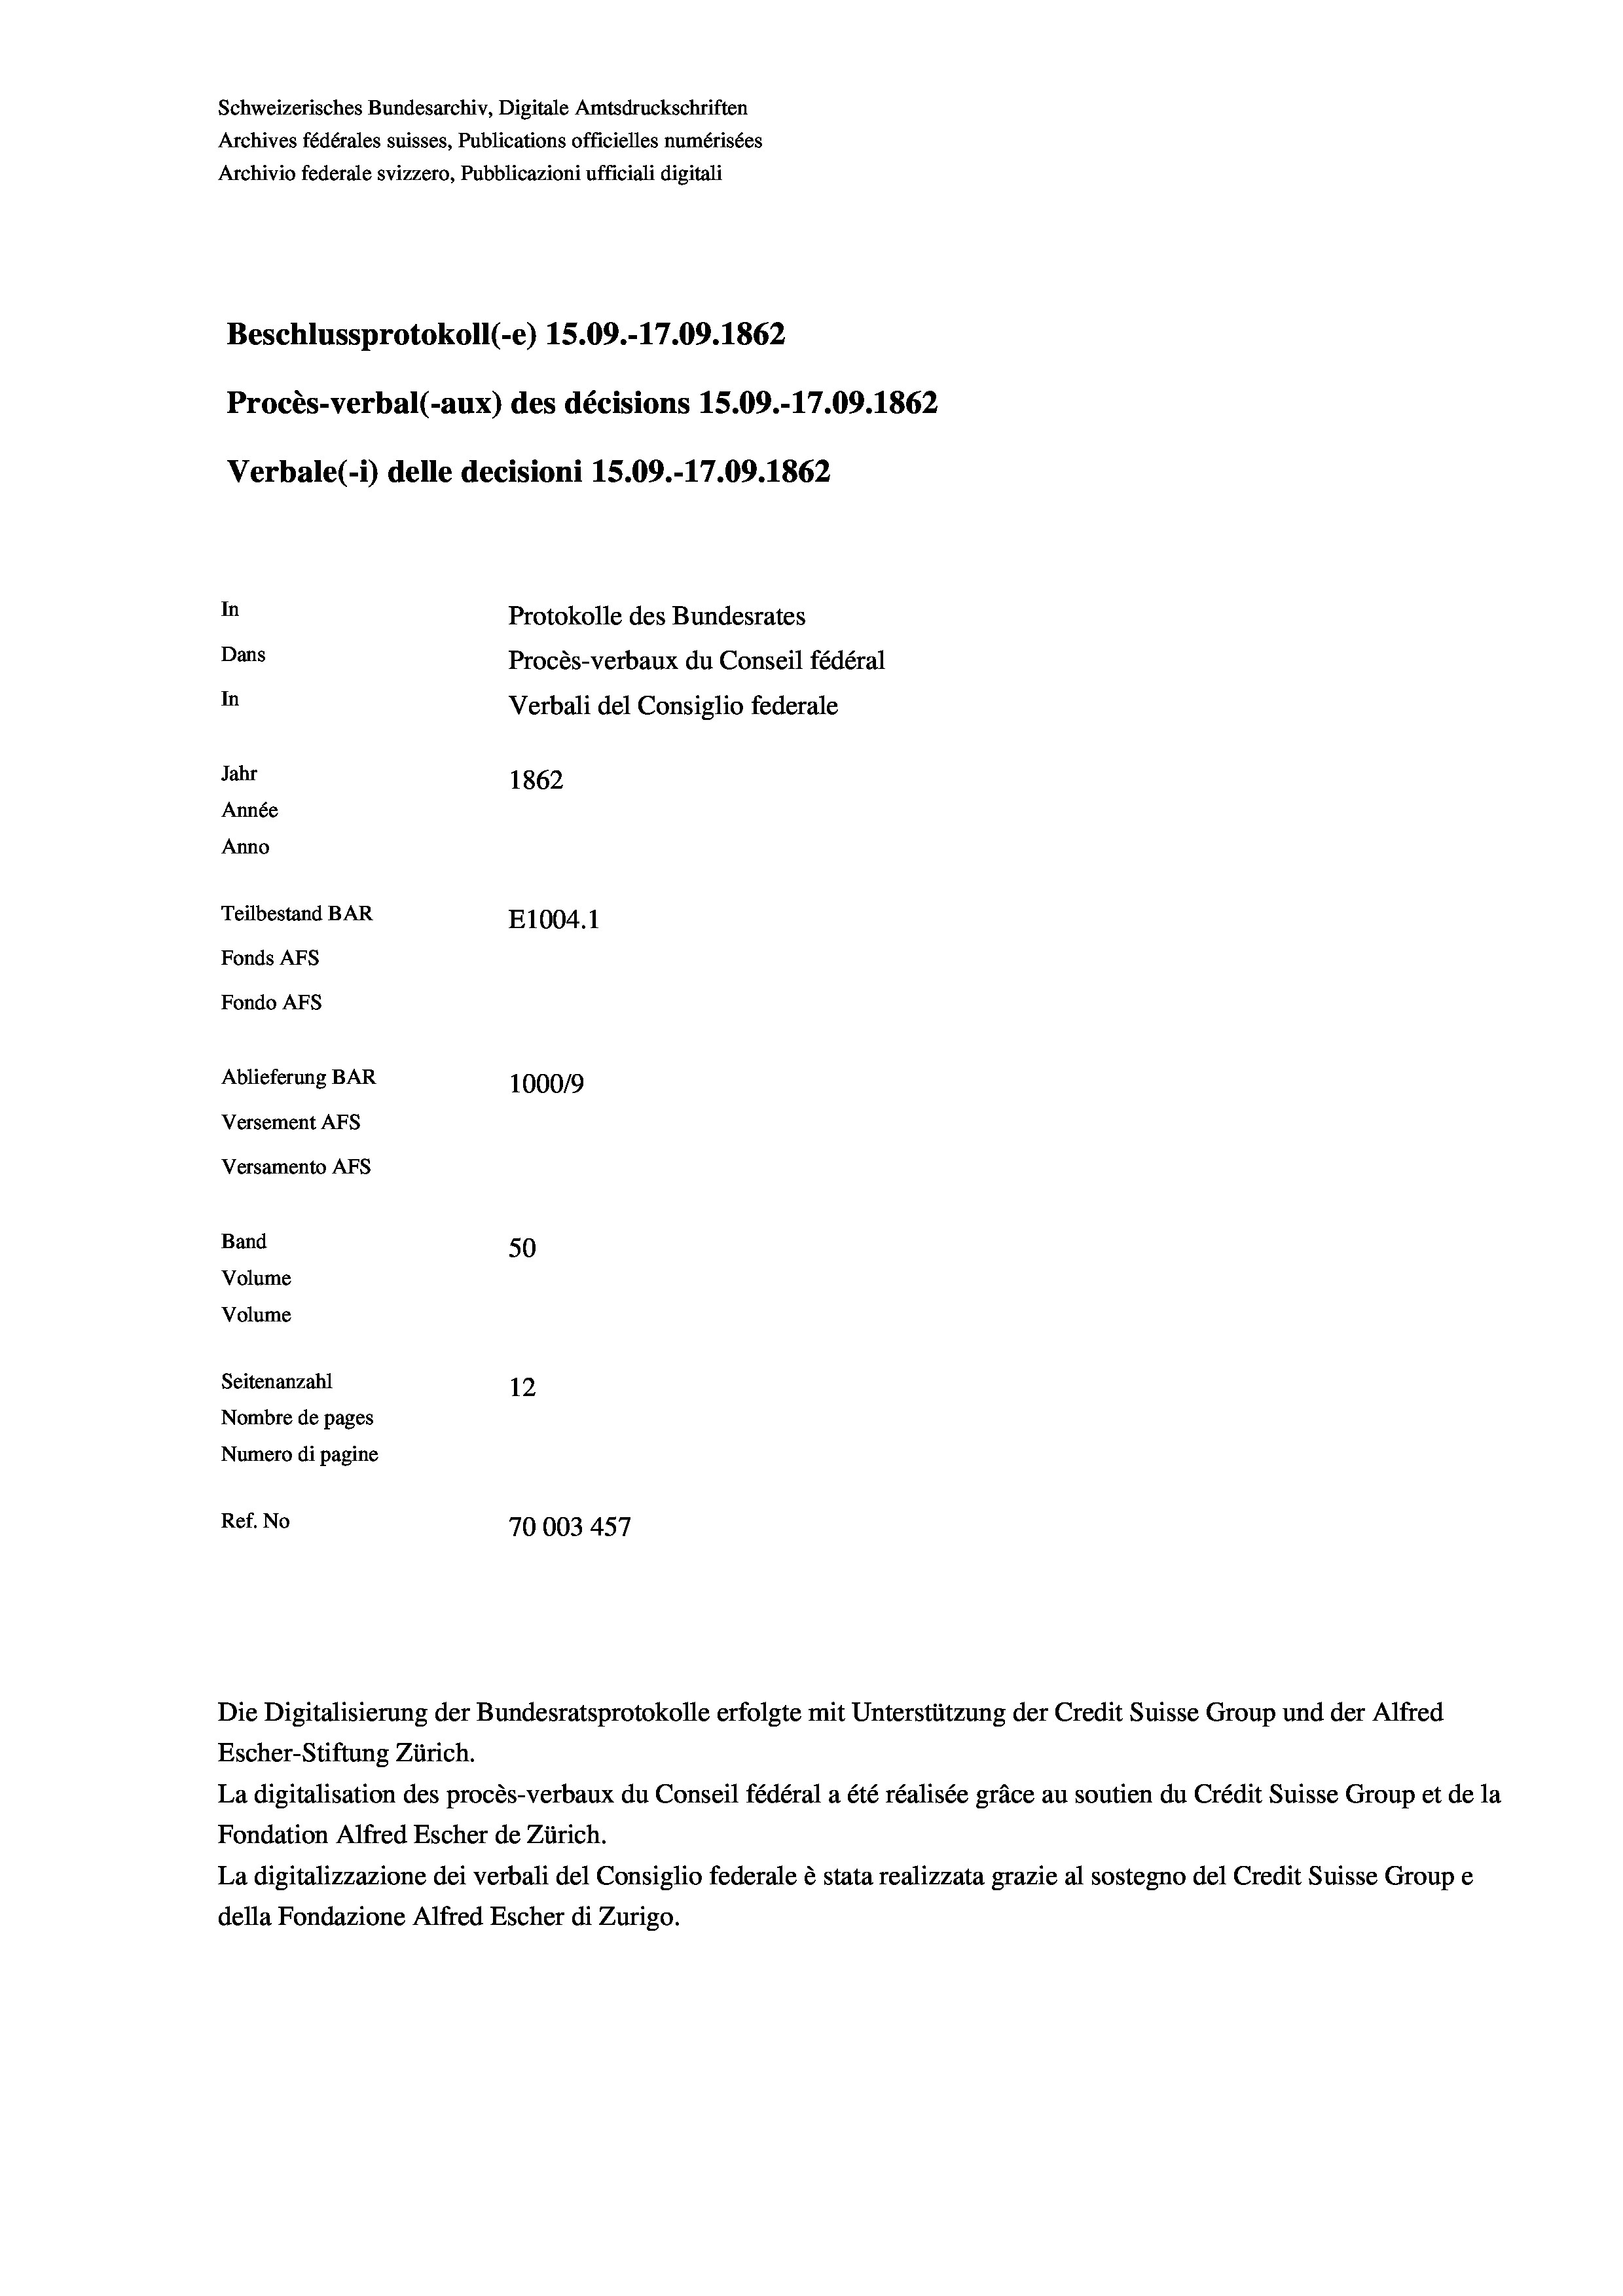
Beschlussprotokoll (-e) 15.09.-17.09. 1862
Procès-verbal (-aux) des décisions 15.09.-17.09. 1862
Verbale(-*) delle decisioni 15.09.-17.09. 1862
In
Protokolle des Bundesrates
Dans
Procès-verbaux du Conseil fédéral
In
Verbali del Consiglio federale
Jahr
1862
Année
Anno
Teilbestand BAR
E1004. 1
Fonds AFs
Fondo AFS
Ablieferung BAR
100019
Versement As
Versamento AFS

Archives fédérales suisses, Publications officielles numérisées
Archivio federale svizzero, Pubblicazioni ufficiali digitali

50
Seitenanzahl
12
Nombre de pages
Numero di pagine
Ref. No
70003457

Band
Volume
Volume

Schweizerisches Bundesarchiv, Digitale Amtsdruckschriften

Escher-Stiftung Zürich.
La digitalisation des procès-verbaux du Conseil fédéral a été réalisée gräce au soutien du Crédit Suisse Group et de la
Fondation Alfred Escher de Zürich.
La digitalizzazione dei verbali del Consiglio federale è stata realizzata grazie al sostegno del Credit Suisse Groupe
della Fondazione Alfred Escher di Zurigo.

Die Digitalisierung der Bundesratsprotokolle erfolgte mit Unterstützung der Credit Suisse Group und der Alfred